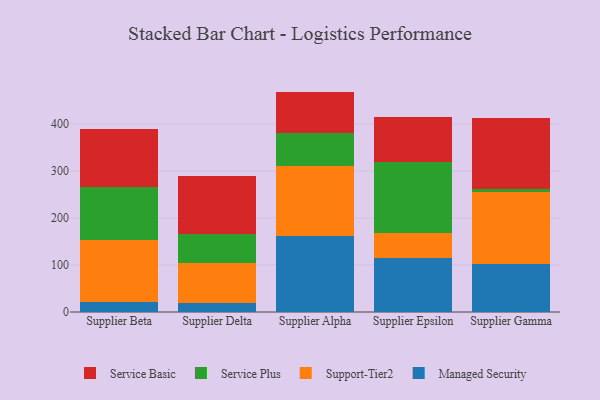
{"axis": {"x": "Supplier", "y": "Churn Rate (%)"}, "legend": ["Managed Security", "Service Basic", "Service Plus", "Support-Tier2"], "data": [{"x": "Supplier Beta", "y": 21.1, "type": "Managed Security"}, {"x": "Supplier Beta", "y": 131.1, "type": "Support-Tier2"}, {"x": "Supplier Beta", "y": 114.7, "type": "Service Plus"}, {"x": "Supplier Beta", "y": 122.7, "type": "Service Basic"}, {"x": "Supplier Delta", "y": 18.8, "type": "Managed Security"}, {"x": "Supplier Delta", "y": 84.5, "type": "Support-Tier2"}, {"x": "Supplier Delta", "y": 62.5, "type": "Service Plus"}, {"x": "Supplier Delta", "y": 122.7, "type": "Service Basic"}, {"x": "Supplier Alpha", "y": 161.8, "type": "Managed Security"}, {"x": "Supplier Alpha", "y": 149.5, "type": "Support-Tier2"}, {"x": "Supplier Alpha", "y": 70.1, "type": "Service Plus"}, {"x": "Supplier Alpha", "y": 87.7, "type": "Service Basic"}, {"x": "Supplier Epsilon", "y": 115.4, "type": "Managed Security"}, {"x": "Supplier Epsilon", "y": 52.7, "type": "Support-Tier2"}, {"x": "Supplier Epsilon", "y": 151.5, "type": "Service Plus"}, {"x": "Supplier Epsilon", "y": 94.6, "type": "Service Basic"}, {"x": "Supplier Gamma", "y": 101.7, "type": "Managed Security"}, {"x": "Supplier Gamma", "y": 154.4, "type": "Support-Tier2"}, {"x": "Supplier Gamma", "y": 5.7, "type": "Service Plus"}, {"x": "Supplier Gamma", "y": 151.3, "type": "Service Basic"}]}